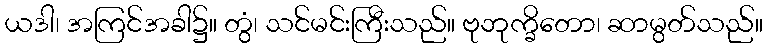
ယဒါ၊ အကြင်အခါ၌။ တွံ၊ သင်မင်းကြီးသည်။ ဗုဘုက္ခိတော၊ ဆာမွတ်သည်။